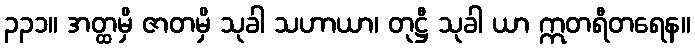
၃၃၁။ အတ္ထမှိ ဇာတမှိ သုခါ သဟာယာ၊ တုဋ္ဌီ သုခါ ယာ ဣတရီတရေန။